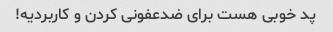
پد خوبی هست برای ضدعفونی کردن و کاربردیه!